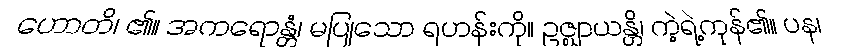
ဟောတိ၊ ၏။ အကရောန္တံ၊ မပြုသော ရဟန်းကို။ ဥဇ္ဈာယန္တိ၊ ကဲ့ရဲ့ကုန်၏။ ပန၊